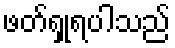
ဖတ်ရှုရပါသည်